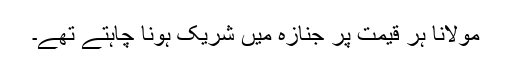
مولانا ہر قیمت پر جنازہ میں شریک ہونا چاہتے تھے۔